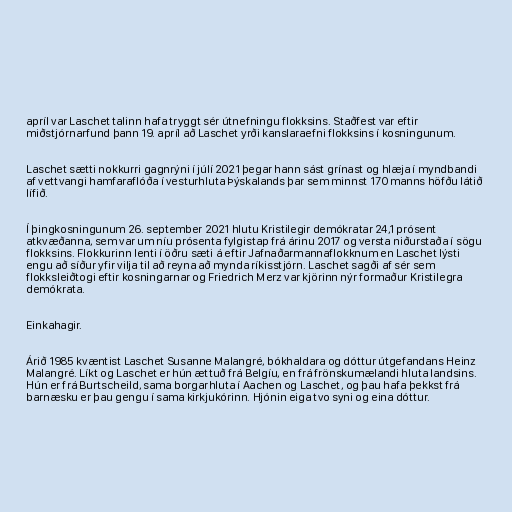
apríl var Laschet talinn hafa tryggt sér útnefningu flokksins. Staðfest var eftir
miðstjórnarfund þann 19. apríl að Laschet yrði kanslaraefni flokksins í kosningunum.

Laschet sætti nokkurri gagnrýni í júlí 2021 þegar hann sást grínast og hlæja í myndbandi
af vettvangi hamfaraflóða í vesturhluta Þýskalands þar sem minnst 170 manns höfðu látið
lífið.

Í þingkosningunum 26. september 2021 hlutu Kristilegir demókratar 24,1 prósent
atkvæðanna, sem var um níu prósenta fylgistap frá árinu 2017 og versta niðurstaða í sögu
flokksins. Flokkurinn lenti í öðru sæti á eftir Jafnaðarmannaflokknum en Laschet lýsti
engu að síður yfir vilja til að reyna að mynda ríkisstjórn. Laschet sagði af sér sem
flokksleiðtogi eftir kosningarnar og Friedrich Merz var kjörinn nýr formaður Kristilegra
demókrata.

Einkahagir.

Árið 1985 kvæntist Laschet Susanne Malangré, bókhaldara og dóttur útgefandans Heinz
Malangré. Líkt og Laschet er hún ættuð frá Belgíu, en frá frönskumælandi hluta landsins.
Hún er frá Burtscheild, sama borgarhluta í Aachen og Laschet, og þau hafa þekkst frá
barnæsku er þau gengu í sama kirkjukórinn. Hjónin eiga tvo syni og eina dóttur.